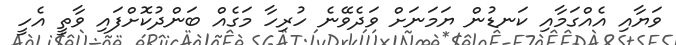
ވަޔާއި އެއްގަމާއި ކަނޑުން ޔަމަނަށް ވަދެވޭނެ ހުރިހާ މަގެއް ބަންދުކޮށްފައި ވާތީ އެހީ